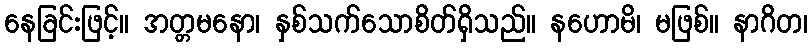
နေခြင်းဖြင့်။ အတ္တမနော၊ နှစ်သက်သောစိတ်ရှိသည်။ နဟောမိ၊ မဖြစ်။ နာဂိတ၊